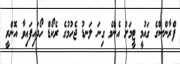
ފްރާންސްގެ ގައުމީ ޓީމަށް އެންމެ ގިނަ ލަނޑު ޖެހުމުގެ ރެކޯޑް ހޯދައިފައިވާ އޮންރީ